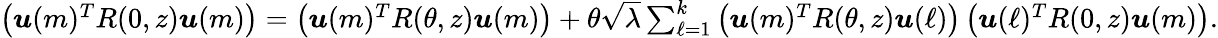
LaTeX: \begin{array}{r}{\left({\boldsymbol u}(m)^{T}R(0,z){\boldsymbol u}(m)\right)=\left({\boldsymbol u}(m)^{T}R(\theta,z){\boldsymbol u}(m)\right)+\theta\sqrt{\lambda}\sum_{\ell=1}^{k}\left({\boldsymbol u}(m)^{T}R(\theta,z){\boldsymbol u}(\ell)\right)\left({\boldsymbol u}(\ell)^{T}R(0,z){\boldsymbol u}(m)\right).}\end{array}